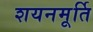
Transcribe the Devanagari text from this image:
शयनमूर्ति